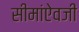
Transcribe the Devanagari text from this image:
सीमांऐवजी